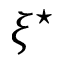
\xi ^ { \star }